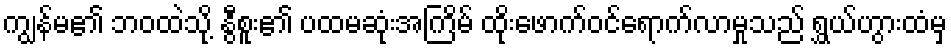
ကျွန်မ၏ ဘဝထဲသို့ နွီစူး၏ ပထမဆုံးအကြိမ် ထိုးဖောက်ဝင်ရောက်လာမှုသည် ရွှယ်ဟွားထံမှ